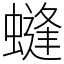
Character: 䗦